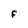
Character: F